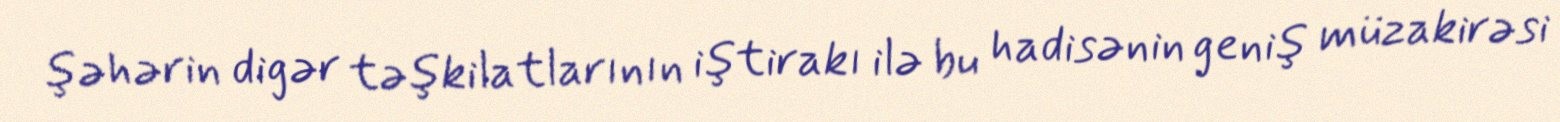
şəhərin digər təşkilatlarının iştirakı ilə bu hadisənin geniş müzakirəsi